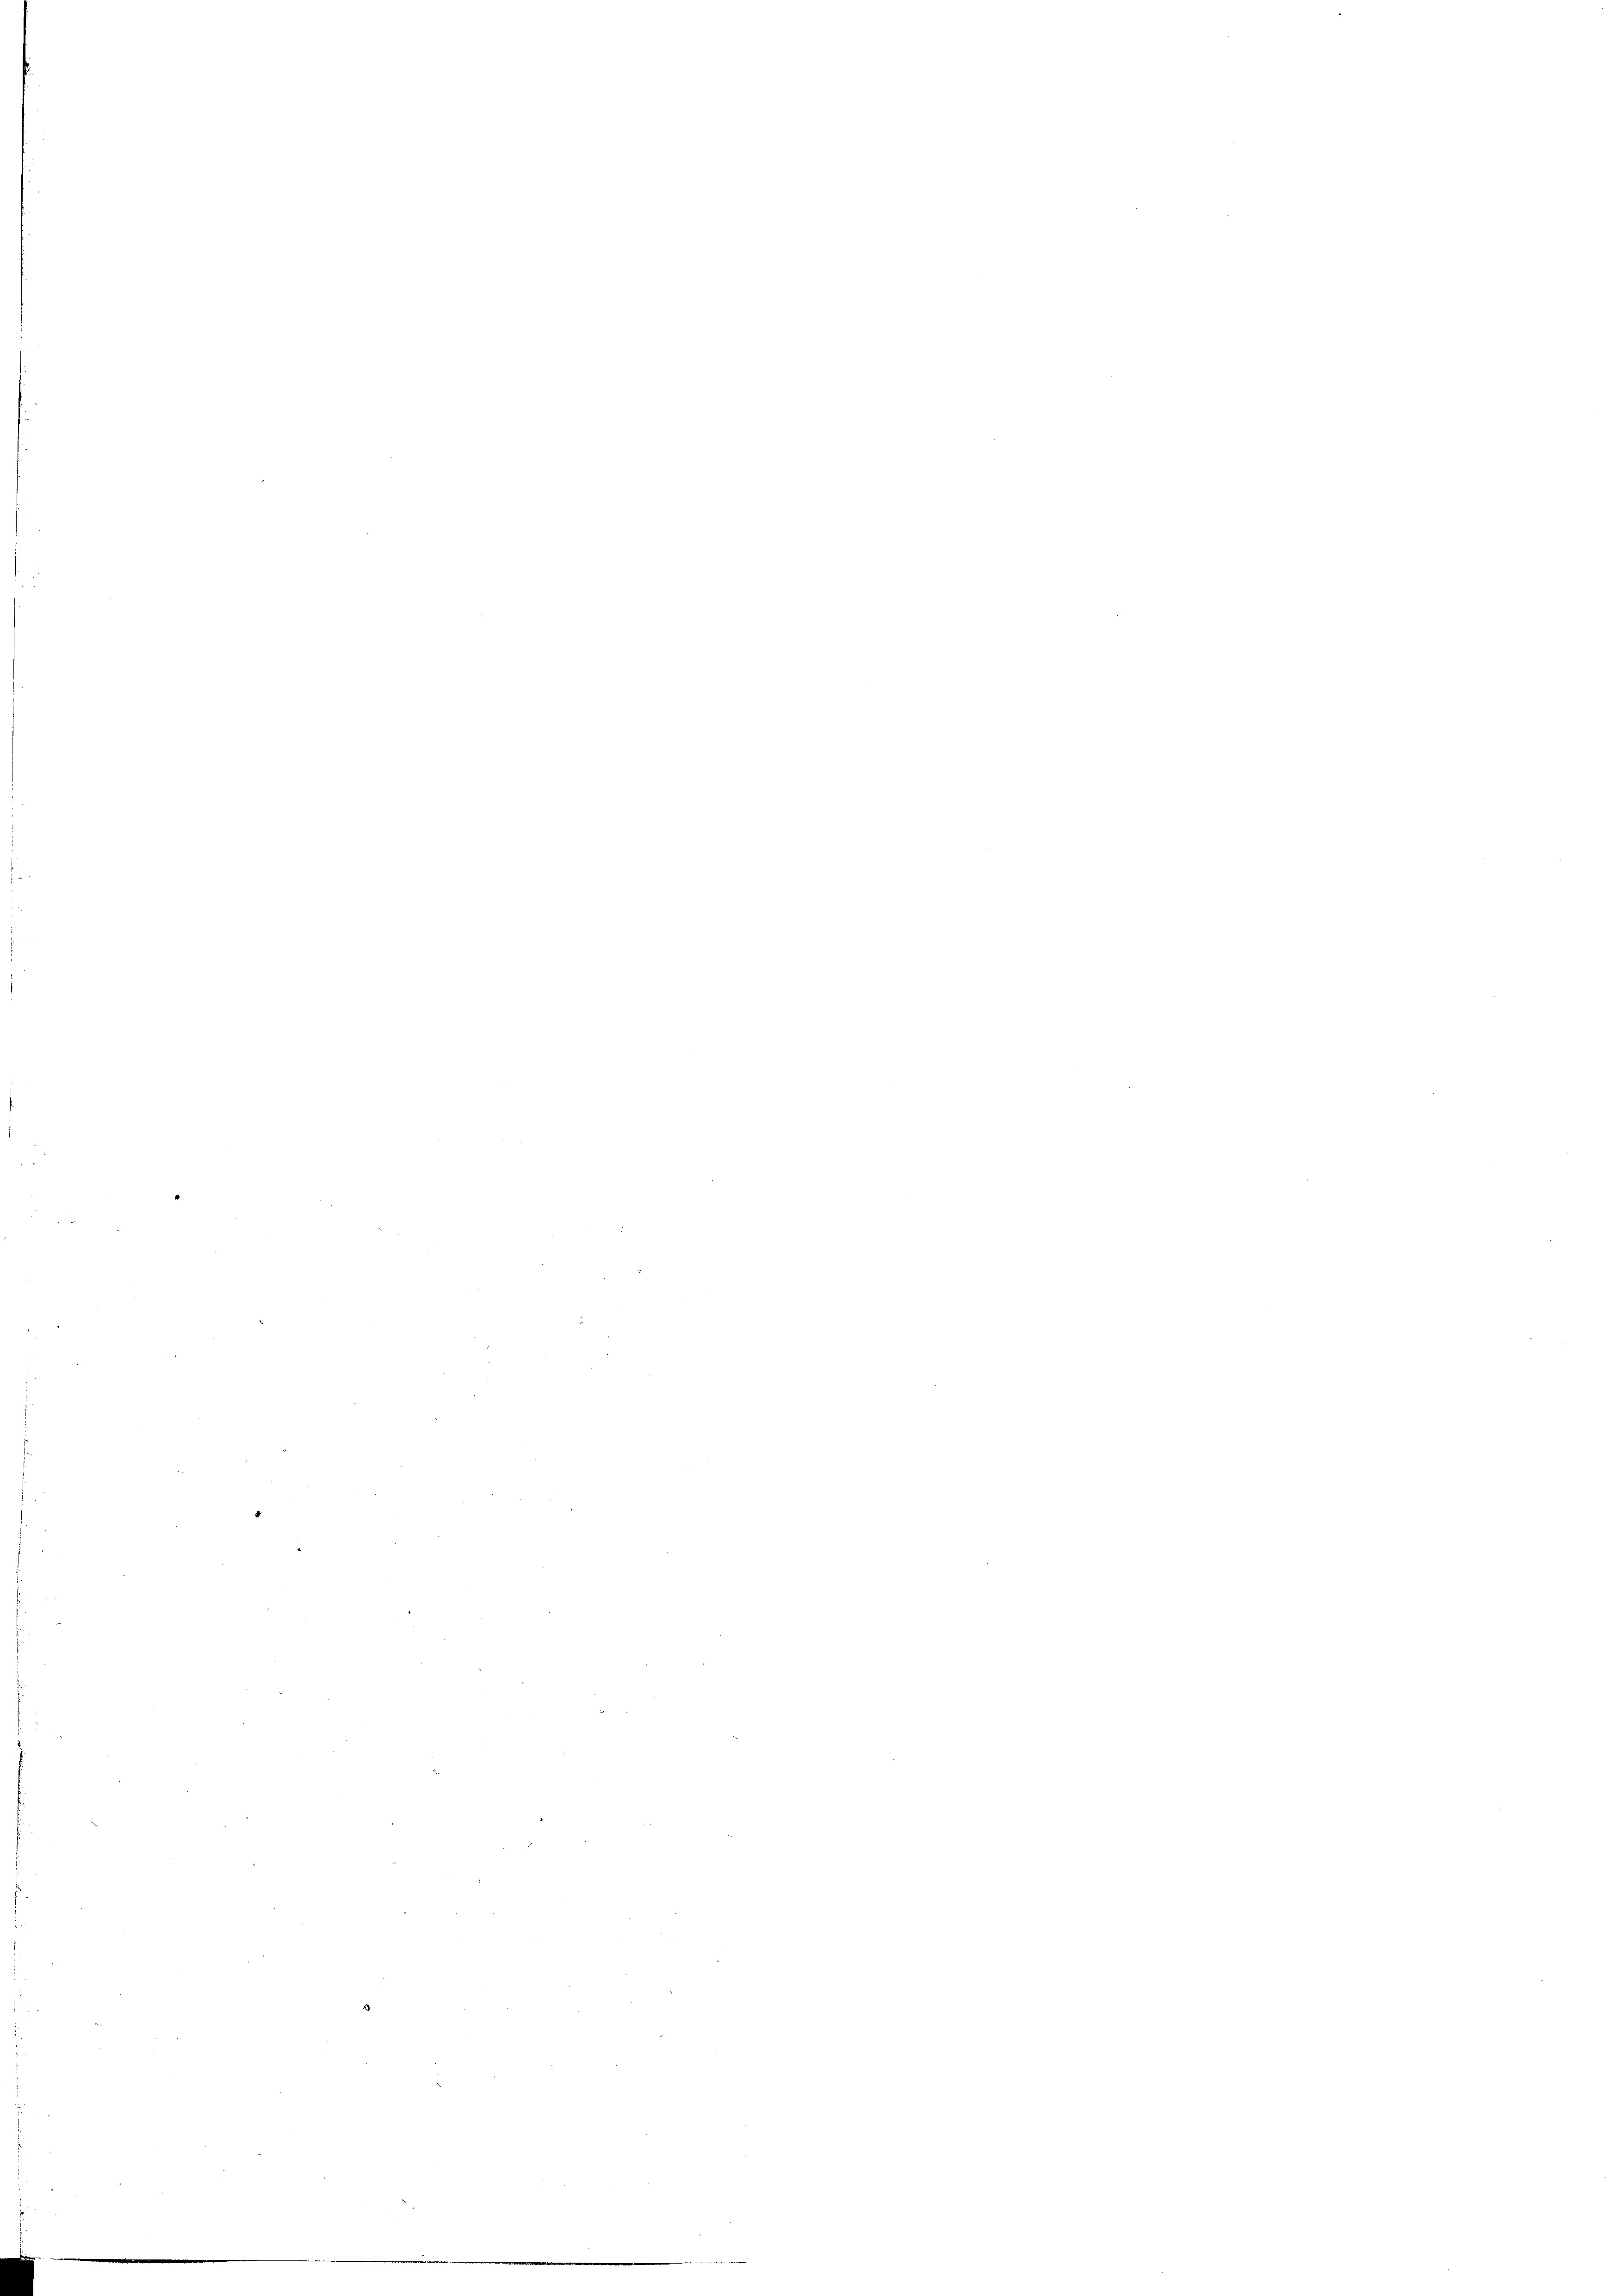
.

2